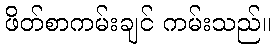
ဖိတ်စာကမ်းချင် ကမ်းသည်။